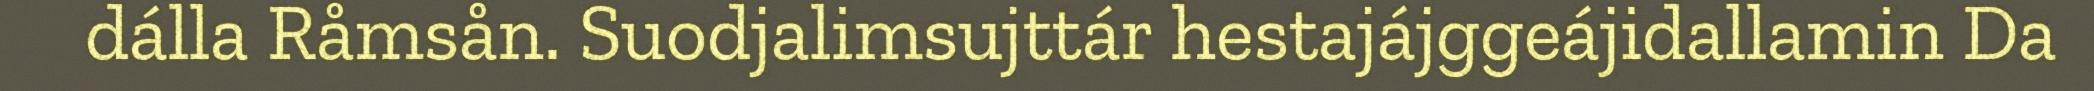
dálla Råmsån. Suodjalimsujttár hestajájggeájidallamin Da